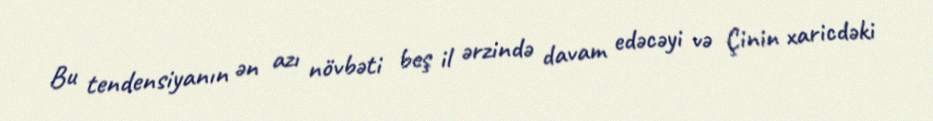
Bu tendensiyanın ən azı növbəti beş il ərzində davam edəcəyi və Çinin xaricdəki